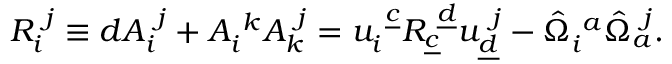
R _ { i } ^ { ~ j } \equiv d A _ { i } ^ { ~ j } + A _ { i } ^ { ~ k } A _ { k } ^ { ~ j } = u _ { i } ^ { ~ \underline { { c } } } R _ { \underline { { c } } } ^ { ~ \underline { { d } } } u _ { \underline { { d } } } ^ { ~ j } - \hat { \Omega } _ { i } ^ { ~ a } \hat { \Omega } _ { a } ^ { ~ j } .